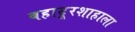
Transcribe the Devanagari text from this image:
बहादूरशाहाला